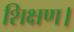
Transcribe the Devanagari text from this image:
शिक्षण।